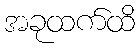
အခုထက်ထိ